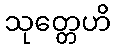
သုတ္တေဟိ